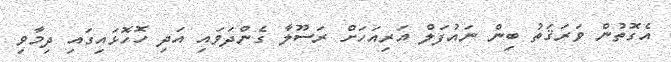
އެގޮތުން ވަރަޤަތު ބިން ނައުފަލް އަރިއަހަށް ރަސޫލާ ގެންދަވައި އަދި ހޮހޮޅައިގައި ދިމާވި